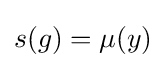
s(g)=\mu (y)